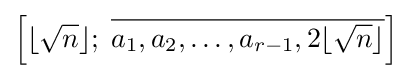
\left[\lfloor {\sqrt {n}}\rfloor ;\;{\overline {a_{1},a_{2},\ldots ,a_{r-1},2\lfloor {\sqrt {n}}\rfloor }}\right]